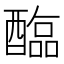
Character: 𫑻